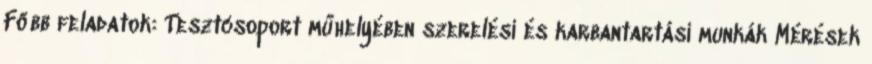
Főbb feladatok: Tesztcsoport műhelyében szerelési és karbantartási munkák Mérések